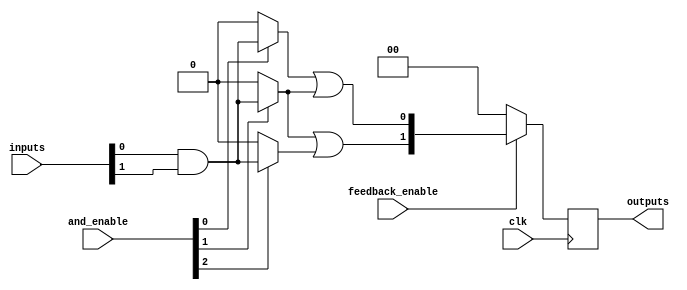
module CLB (
    input wire [N-1:0] inputs,        // N input signals
    input wire [M-1:0] and_enable,     // Enable signals for AND gates
    input wire clk,                    // Clock signal for synchronous operation
    input wire feedback_enable,         // Enable feedback
    output reg [P-1:0] outputs         // P output signals
);

parameter N = 8;                      // Number of inputs
parameter M = 4;                      // Number of AND gates
parameter P = 2;                      // Number of outputs

// Internal signals for AND and OR planes
wire [M-1:0] and_outputs;            // Outputs from AND gates
wire [P-1:0] or_outputs;              // Outputs from OR gates

// AND Plane: Configurable AND gates
genvar i;
generate
    for (i = 0; i < M; i = i + 1) begin : and_plane
        assign and_outputs[i] = and_enable[i] ? (inputs[0] & inputs[1]) : 1'b0; // Example logic
    end
endgenerate

// OR Plane: Combining outputs from AND gates
generate
    for (i = 0; i < P; i = i + 1) begin : or_plane
        assign or_outputs[i] = and_outputs[i] | and_outputs[i+1]; // Example logic
    end
endgenerate

// Output Logic with Feedback
always @(posedge clk) begin
    if (feedback_enable) begin
        outputs <= or_outputs; // Feedback mechanism
    end else begin
        outputs <= 0; // Reset outputs when feedback is not enabled
    end
end

endmodule